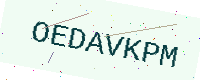
Text: OEDAVKPM